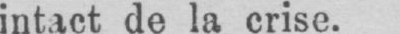
intact de la crise.